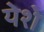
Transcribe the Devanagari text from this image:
येशे